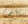
بقدم